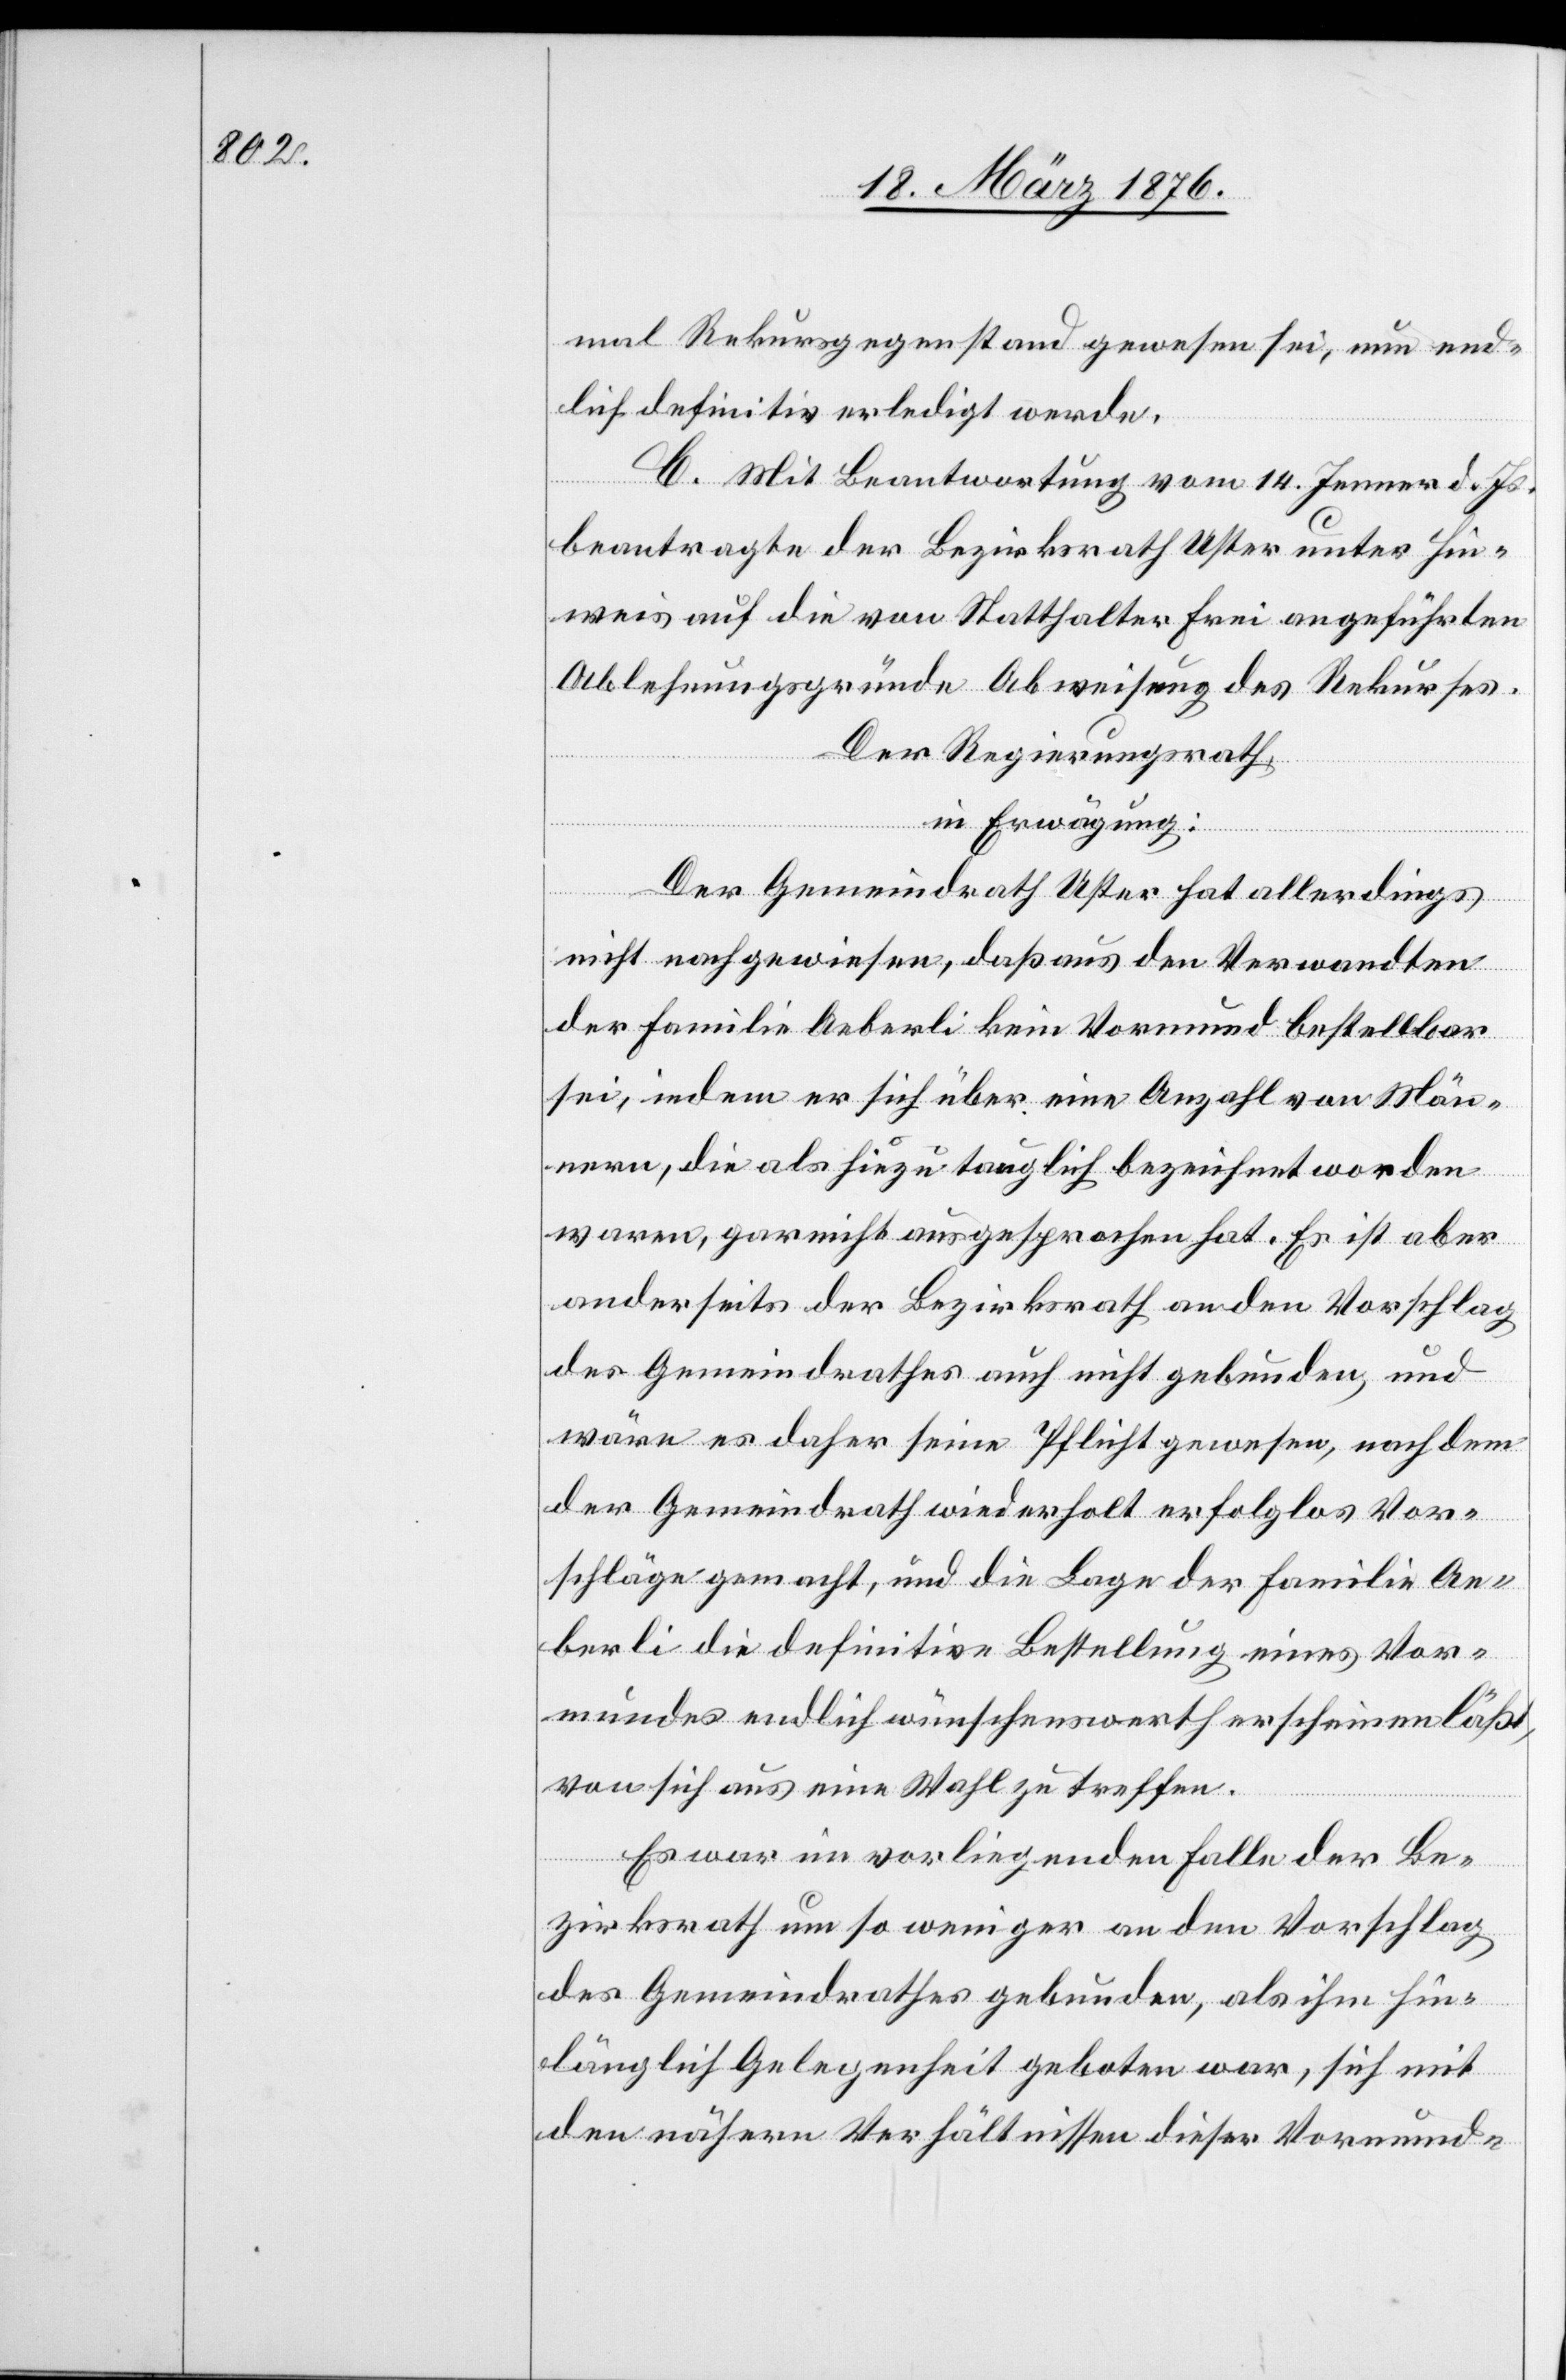
mal Rekursgegenstand gewesen sei, nun end¬
lich definitiv erledigt werde.
C. Mit Beantwortung vom 14. Jenner d. Js.
beantragte der Bezirksrath Uster unter Hin¬
weis auf die von Statthalter Frei angeführten
Ablehnungsgründe Abweisung des Rekurses.
Der Regierungsrath,
in Erwägung:
Der Gemeindrath Uster hat allerdings
nicht nachgewiesen, daß aus den Verwandten
der Familie Aeberli kein Vormund bestellbar
sei, indem er sich über eine Anzahl von Män¬
nern, die als hiezu tauglich bezeichnet worden
waren, gar nicht ausgesprochen hat. Es ist aber
anderseits der Bezirksrath an den Vorschlag
des Gemeindrathes auch nicht gebunden, und
wäre es daher seine Pflicht gewesen, nach dem
der Gemeindrath wiederholt erfolglos Vor¬
schläge gemacht, und die Lage der Familie Ae¬
berli die definitive Bestellung eines Vor¬
mundes endlich wünschenswerth erscheinen läßt,
von sich aus eine Wahl zu treffen.
Es war im vorliegenden Falle der Be¬
zirksrath um so weniger an den Vorschlage
des Gemeindrathes gebunden, als ihm hin¬
länglich Gelegenheit geboten war, sich mit
den nähern Verhältnissen dieser Vormund-